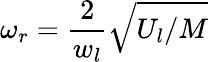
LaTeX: \omega_{r}=\frac{2}{w_{l}}\sqrt{U_{l}/M}